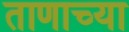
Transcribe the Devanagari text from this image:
ताणाच्या